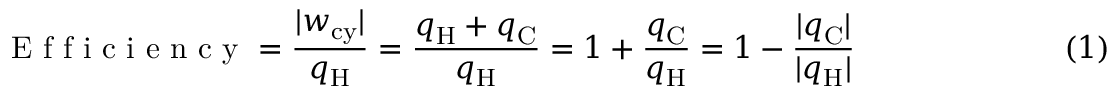
{ \textrm { E f f i c i e n c y } } = { \frac { | w _ { \mathrm { c y } } | } { q _ { \mathrm { H } } } } = { \frac { q _ { \mathrm { H } } + q _ { \mathrm { C } } } { q _ { \mathrm { H } } } } = 1 + { \frac { q _ { \mathrm { C } } } { q _ { \mathrm { H } } } } = 1 - { \frac { | q _ { \mathrm { C } } | } { | q _ { \mathrm { H } } | } } \ \ \ \ \ \ \ \ \ \ \ \ \ \ \ \ \ \ \ \ ( 1 )